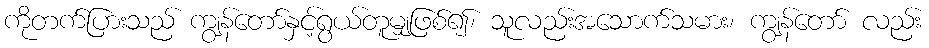
ကိုတက်ပြားသည် ကျွန်တော်နှင့်ရွယ်တူမျှဖြစ်၍၊ သူလည်းအသောက်သမား၊ ကျွန်တော် လည်း